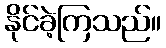
နိုင်ခဲ့ကြသည်။